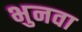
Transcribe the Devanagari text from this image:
भुनवा